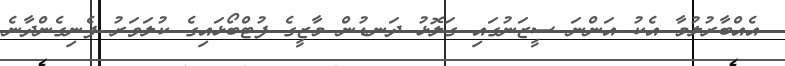
އެއްބާރުލުމާ އެކު އަންނަ ސީޒަނުގައި ގަލޮޅު ދަނޑުން މާޒީގެ ފުޓްބޯޅައިގެ ކުލަވަރު ފެނިގެންދާނެ